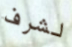
لشرف